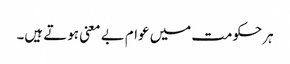
ہرحکومت میں عوام بے معنی ہوتے ہیں۔